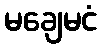
မချေမငံ